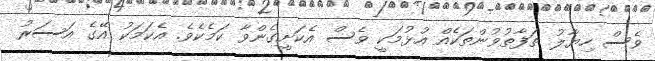
ވެސް ހިޔާލު ތަފާތުވުންތަކެއް އުޅުމަކީ ވެސް އެކަށީގެންވާ ކަމެކެވެ. އެކަމަކު އޭގެ އަސަރު